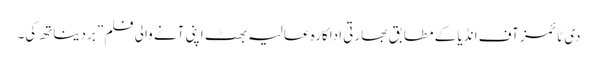
دی ٹائمز آف انڈیا کے مطابق بھارتی اداکارہ عالیہ بھٹ اپنی آنے والی فلم ”بردیناتھ کی۔